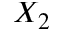
X _ { 2 }